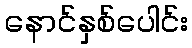
နောင်နှစ်ပေါင်း